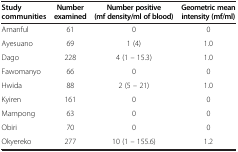
<table><thead><tr><td><b>Study communities</b></td><td><b>Number examined</b></td><td><b>Number positive (mf density/ml of blood)</b></td><td><b>Geometric mean intensity (mf/ml)</b></td></tr></thead><tbody><tr><td>Amanful</td><td>61</td><td>0</td><td>0</td></tr><tr><td>Ayesuano</td><td>69</td><td>1 (4)</td><td>1.0</td></tr><tr><td>Dago</td><td>228</td><td>4 (1 – 15.3)</td><td>1.0</td></tr><tr><td>Fawomanyo</td><td>66</td><td>0</td><td>0</td></tr><tr><td>Hwida</td><td>88</td><td>2 (5 – 21)</td><td>1.0</td></tr><tr><td>Kyiren</td><td>161</td><td>0</td><td>0</td></tr><tr><td>Mampong</td><td>63</td><td>0</td><td>0</td></tr><tr><td>Obiri</td><td>70</td><td>0</td><td>0</td></tr><tr><td>Okyereko</td><td>277</td><td>10 (1 – 155.6)</td><td>1.2</td></tr></tbody></table>